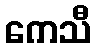
ကေသီ